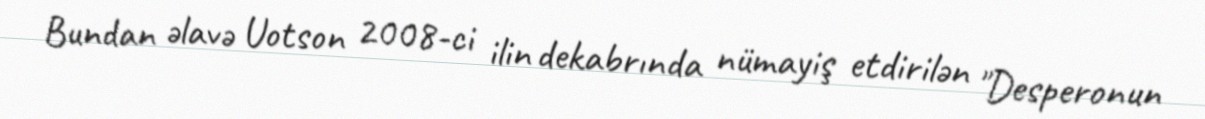
Bundan əlavə Uotson 2008-ci ilin dekabrında nümayiş etdirilən "Desperonun